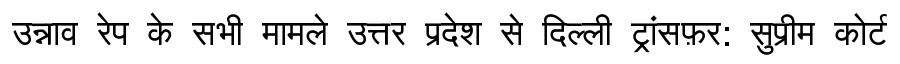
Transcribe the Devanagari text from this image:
उन्नाव रेप के सभी मामले उत्तर प्रदेश से दिल्ली ट्रांसफ़र: सुप्रीम कोर्ट